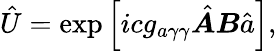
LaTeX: \hat{U}=\exp\left[icg_{a\gamma\gamma}\hat{\boldsymbol A}{\boldsymbol B}\hat{a}\right],